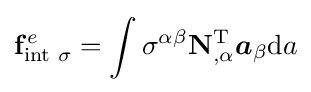
\mathbf {f} _{{\text{int }}\sigma }^{e}=\int \sigma ^{\alpha \beta }\mathbf {N} _{,\alpha }^{\mathrm {T} }{\boldsymbol {a}}_{\beta }\mathrm {d} a